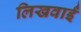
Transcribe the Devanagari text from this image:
लिखवाईं